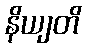
နိယျတိ